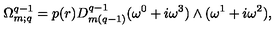
\Omega _ { m ; q } ^ { q - 1 } = p ( r ) D _ { m ( q - 1 ) } ^ { q - 1 } ( \omega ^ { 0 } + i \omega ^ { 3 } ) \wedge ( \omega ^ { 1 } + i \omega ^ { 2 } ) ,